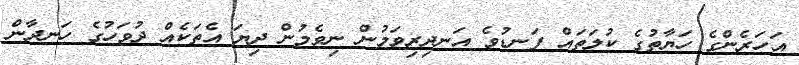
އަހަރެންގެ ހަޔާތުގެ ކުލަތައް ފަނޑުވެ އަނދިރިވަމުން ނިވެމުން ދިޔަ އެތަކެއް ދުވަހުގެ ހަނދާން